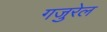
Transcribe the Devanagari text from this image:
गजुरेल